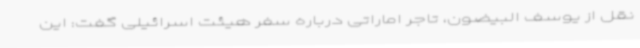
نقل از یوسف البیضون، تاجر اماراتی درباره سفر هیئت اسرائیلی گفت: این